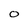
Character: O